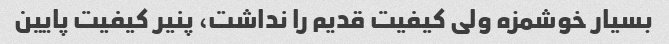
بسیار خوشمزه ولی کیفیت قدیم را نداشت، پنیر کیفیت پایین